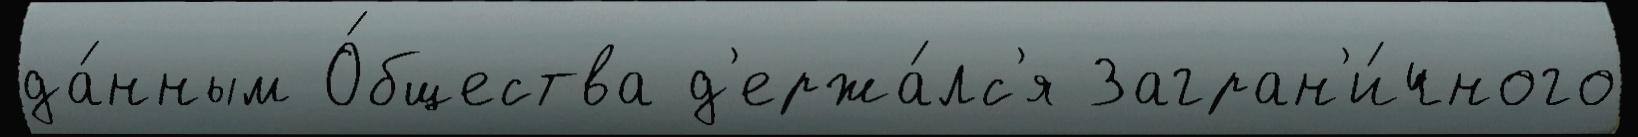
да́нным О́бщества д'ержа́лс'я Загран'и́чного